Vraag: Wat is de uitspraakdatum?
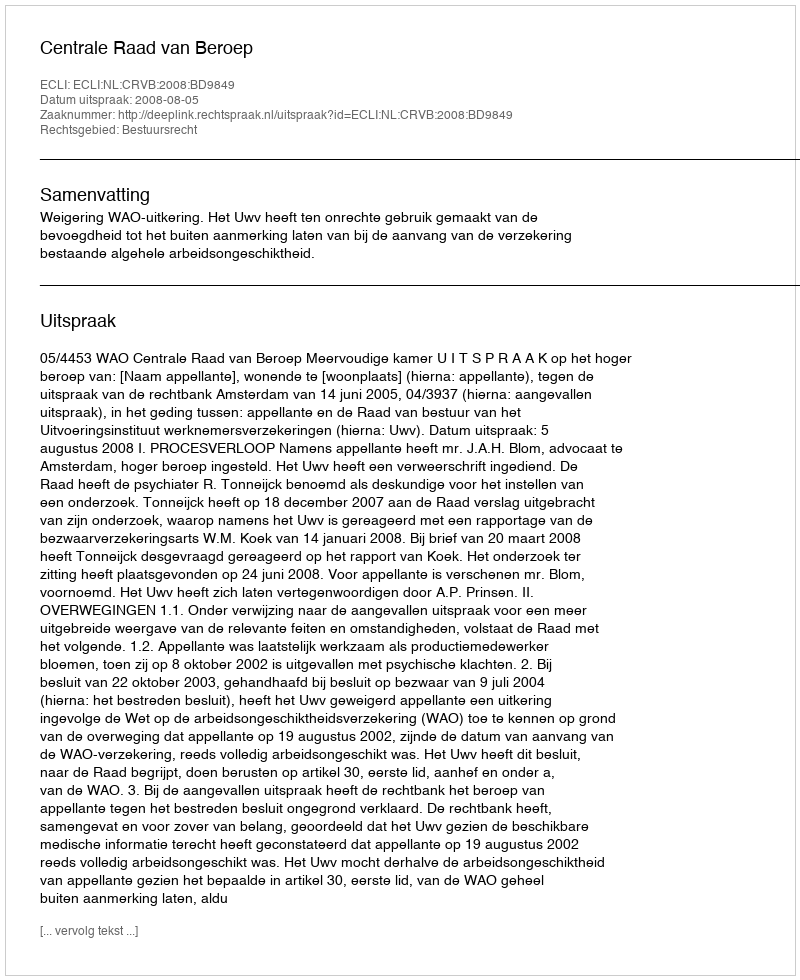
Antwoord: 2008-08-05